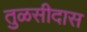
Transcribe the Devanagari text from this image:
तुळसीदास